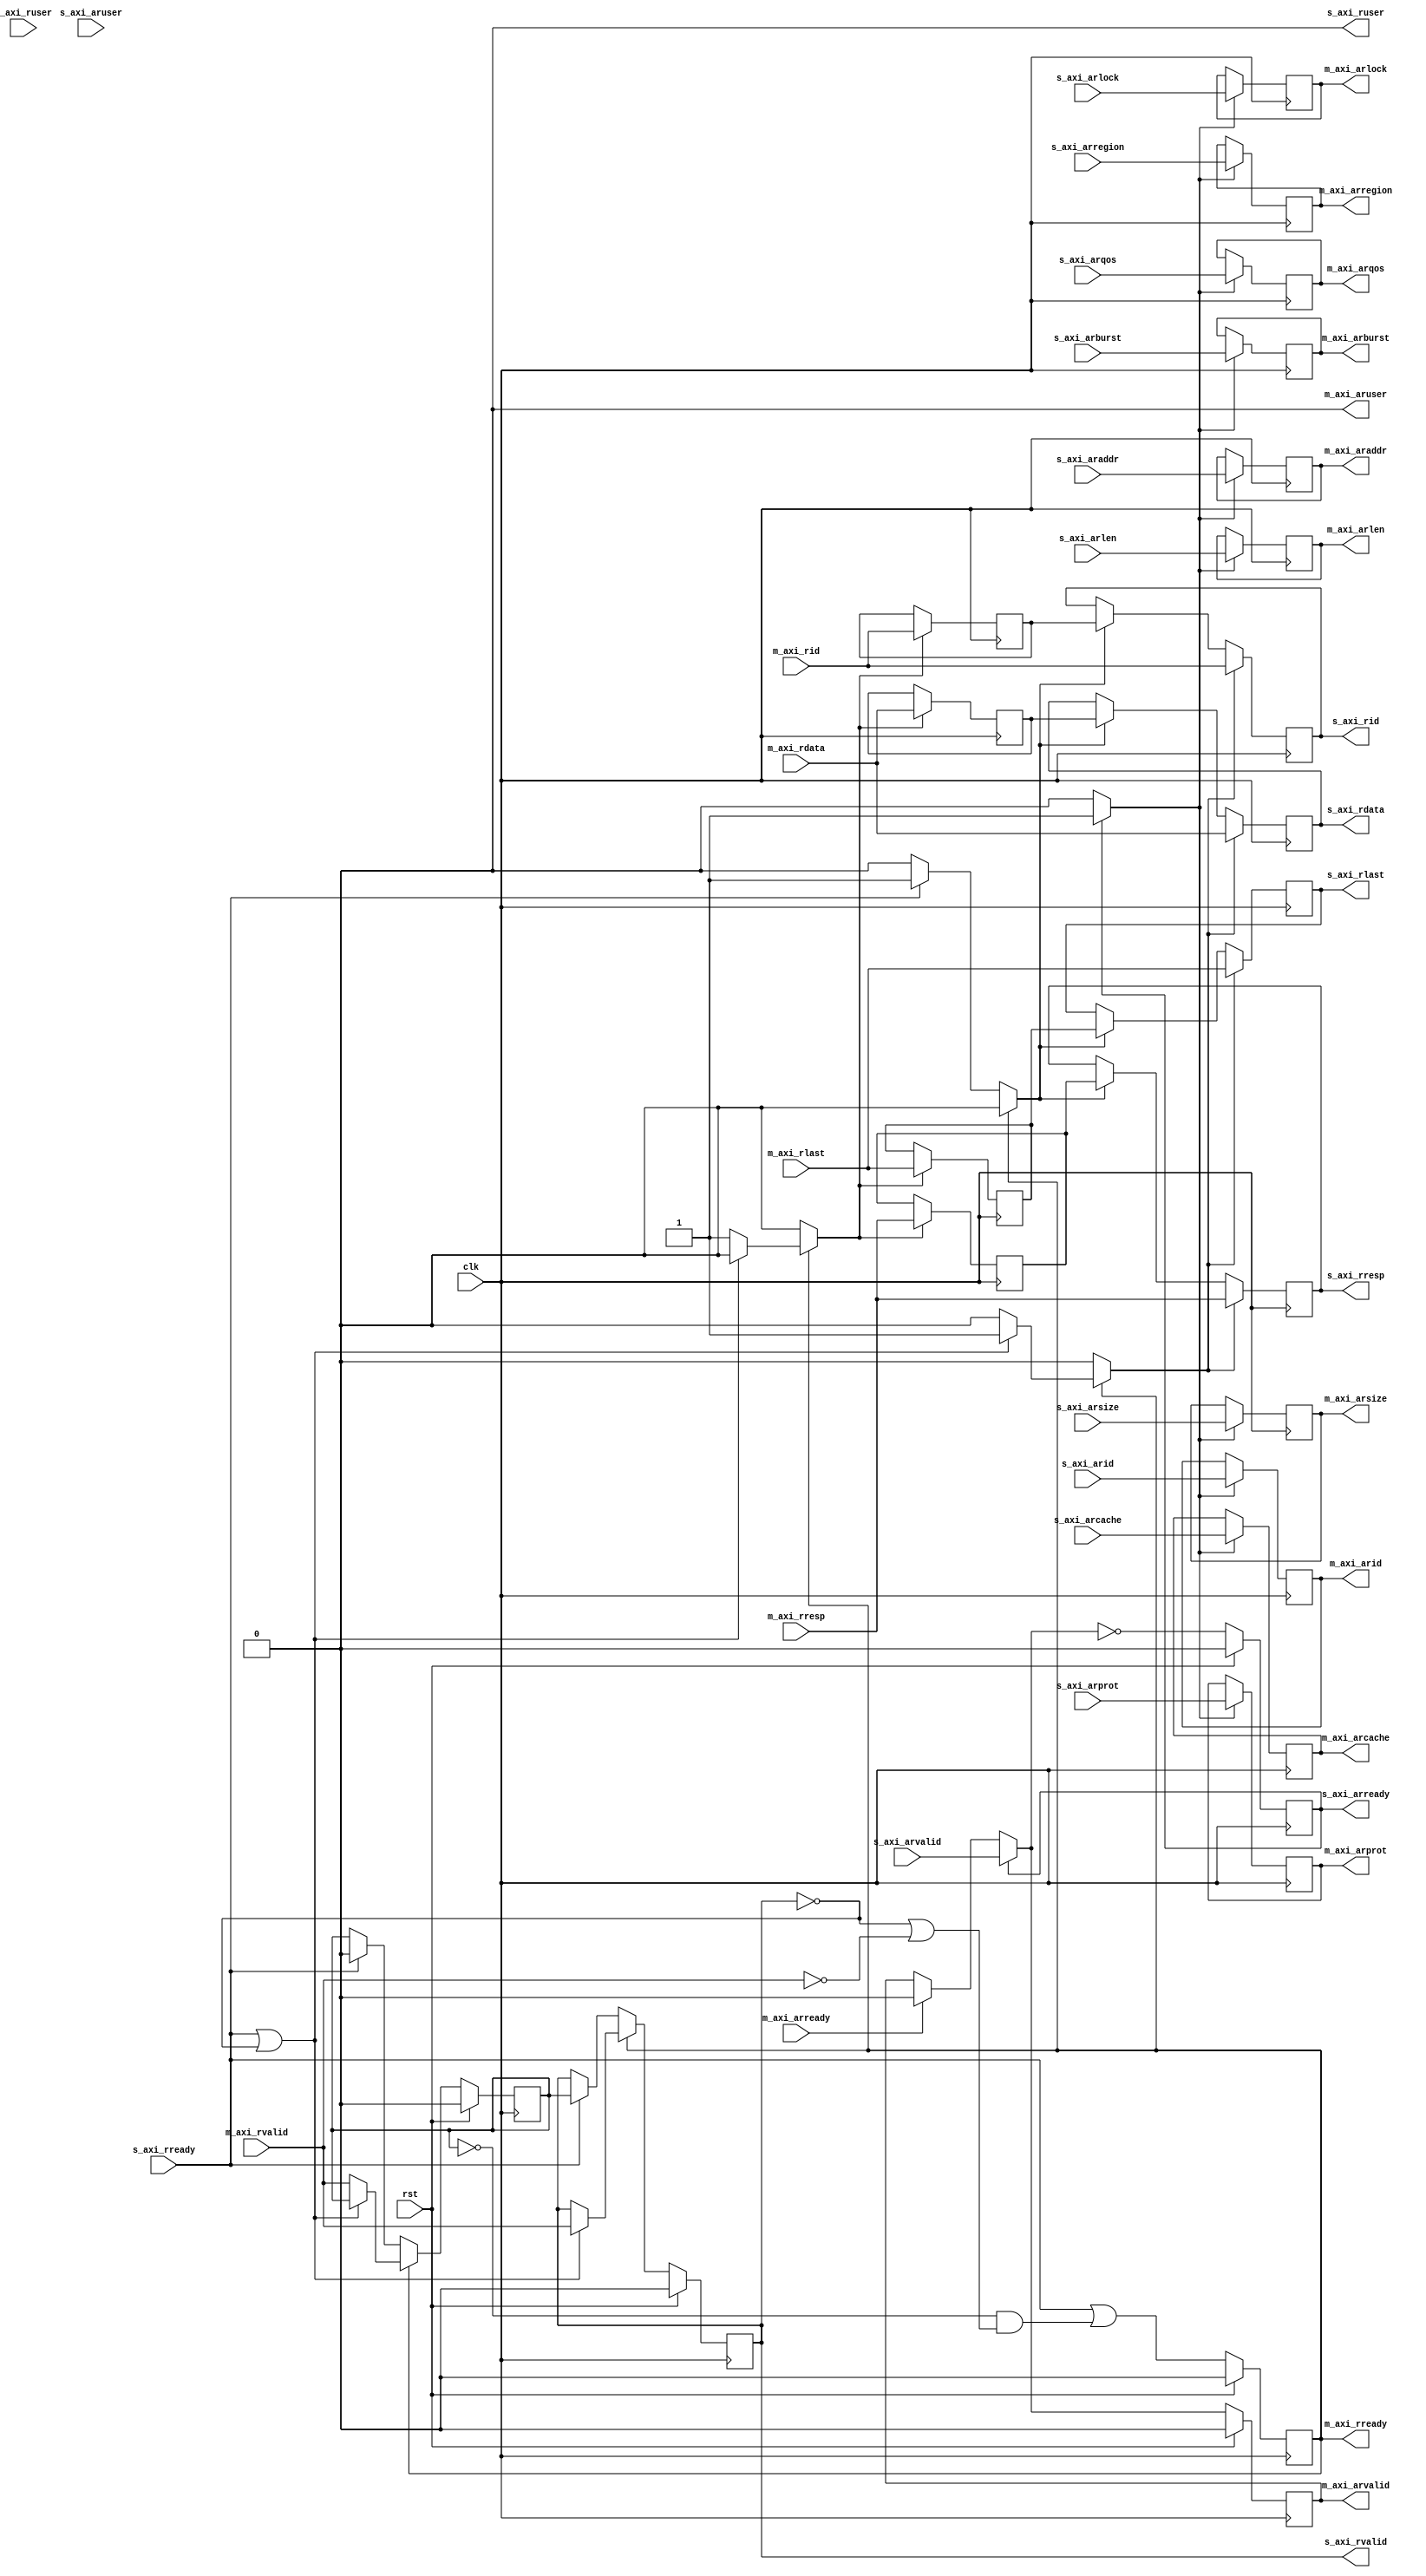
/*

Copyright (c) 2018 Alex Forencich

Permission is hereby granted, free of charge, to any person obtaining a copy
of this software and associated documentation files (the "Software"), to deal
in the Software without restriction, including without limitation the rights
to use, copy, modify, merge, publish, distribute, sublicense, and/or sell
copies of the Software, and to permit persons to whom the Software is
furnished to do so, subject to the following conditions:

The above copyright notice and this permission notice shall be included in
all copies or substantial portions of the Software.

THE SOFTWARE IS PROVIDED "AS IS", WITHOUT WARRANTY OF ANY KIND, EXPRESS OR
IMPLIED, INCLUDING BUT NOT LIMITED TO THE WARRANTIES OF MERCHANTABILITY
FITNESS FOR A PARTICULAR PURPOSE AND NONINFRINGEMENT. IN NO EVENT SHALL THE
AUTHORS OR COPYRIGHT HOLDERS BE LIABLE FOR ANY CLAIM, DAMAGES OR OTHER
LIABILITY, WHETHER IN AN ACTION OF CONTRACT, TORT OR OTHERWISE, ARISING FROM,
OUT OF OR IN CONNECTION WITH THE SOFTWARE OR THE USE OR OTHER DEALINGS IN
THE SOFTWARE.

*/

// Language: Verilog 2001

`resetall
`timescale 1ns / 1ps
`default_nettype none

/*
 * AXI4 register (read)
 */
module axi_register_rd #
(
    // Width of data bus in bits
    parameter DATA_WIDTH = 32,
    // Width of address bus in bits
    parameter ADDR_WIDTH = 32,
    // Width of wstrb (width of data bus in words)
    parameter STRB_WIDTH = (DATA_WIDTH/8),
    // Width of ID signal
    parameter ID_WIDTH = 8,
    // Propagate aruser signal
    parameter ARUSER_ENABLE = 0,
    // Width of aruser signal
    parameter ARUSER_WIDTH = 1,
    // Propagate ruser signal
    parameter RUSER_ENABLE = 0,
    // Width of ruser signal
    parameter RUSER_WIDTH = 1,
    // AR channel register type
    // 0 to bypass, 1 for simple buffer, 2 for skid buffer
    parameter AR_REG_TYPE = 1,
    // R channel register type
    // 0 to bypass, 1 for simple buffer, 2 for skid buffer
    parameter R_REG_TYPE = 2
)
(
    input  wire                     clk,
    input  wire                     rst,

    /*
     * AXI slave interface
     */
    input  wire [ID_WIDTH-1:0]      s_axi_arid,
    input  wire [ADDR_WIDTH-1:0]    s_axi_araddr,
    input  wire [7:0]               s_axi_arlen,
    input  wire [2:0]               s_axi_arsize,
    input  wire [1:0]               s_axi_arburst,
    input  wire                     s_axi_arlock,
    input  wire [3:0]               s_axi_arcache,
    input  wire [2:0]               s_axi_arprot,
    input  wire [3:0]               s_axi_arqos,
    input  wire [3:0]               s_axi_arregion,
    input  wire [ARUSER_WIDTH-1:0]  s_axi_aruser,
    input  wire                     s_axi_arvalid,
    output wire                     s_axi_arready,
    output wire [ID_WIDTH-1:0]      s_axi_rid,
    output wire [DATA_WIDTH-1:0]    s_axi_rdata,
    output wire [1:0]               s_axi_rresp,
    output wire                     s_axi_rlast,
    output wire [RUSER_WIDTH-1:0]   s_axi_ruser,
    output wire                     s_axi_rvalid,
    input  wire                     s_axi_rready,

    /*
     * AXI master interface
     */
    output wire [ID_WIDTH-1:0]      m_axi_arid,
    output wire [ADDR_WIDTH-1:0]    m_axi_araddr,
    output wire [7:0]               m_axi_arlen,
    output wire [2:0]               m_axi_arsize,
    output wire [1:0]               m_axi_arburst,
    output wire                     m_axi_arlock,
    output wire [3:0]               m_axi_arcache,
    output wire [2:0]               m_axi_arprot,
    output wire [3:0]               m_axi_arqos,
    output wire [3:0]               m_axi_arregion,
    output wire [ARUSER_WIDTH-1:0]  m_axi_aruser,
    output wire                     m_axi_arvalid,
    input  wire                     m_axi_arready,
    input  wire [ID_WIDTH-1:0]      m_axi_rid,
    input  wire [DATA_WIDTH-1:0]    m_axi_rdata,
    input  wire [1:0]               m_axi_rresp,
    input  wire                     m_axi_rlast,
    input  wire [RUSER_WIDTH-1:0]   m_axi_ruser,
    input  wire                     m_axi_rvalid,
    output wire                     m_axi_rready
);

generate

// AR channel

if (AR_REG_TYPE > 1) begin
// skid buffer, no bubble cycles

// datapath registers
reg                    s_axi_arready_reg = 1'b0;

reg [ID_WIDTH-1:0]     m_axi_arid_reg     = {ID_WIDTH{1'b0}};
reg [ADDR_WIDTH-1:0]   m_axi_araddr_reg   = {ADDR_WIDTH{1'b0}};
reg [7:0]              m_axi_arlen_reg    = 8'd0;
reg [2:0]              m_axi_arsize_reg   = 3'd0;
reg [1:0]              m_axi_arburst_reg  = 2'd0;
reg                    m_axi_arlock_reg   = 1'b0;
reg [3:0]              m_axi_arcache_reg  = 4'd0;
reg [2:0]              m_axi_arprot_reg   = 3'd0;
reg [3:0]              m_axi_arqos_reg    = 4'd0;
reg [3:0]              m_axi_arregion_reg = 4'd0;
reg [ARUSER_WIDTH-1:0] m_axi_aruser_reg   = {ARUSER_WIDTH{1'b0}};
reg                    m_axi_arvalid_reg  = 1'b0, m_axi_arvalid_next;

reg [ID_WIDTH-1:0]     temp_m_axi_arid_reg     = {ID_WIDTH{1'b0}};
reg [ADDR_WIDTH-1:0]   temp_m_axi_araddr_reg   = {ADDR_WIDTH{1'b0}};
reg [7:0]              temp_m_axi_arlen_reg    = 8'd0;
reg [2:0]              temp_m_axi_arsize_reg   = 3'd0;
reg [1:0]              temp_m_axi_arburst_reg  = 2'd0;
reg                    temp_m_axi_arlock_reg   = 1'b0;
reg [3:0]              temp_m_axi_arcache_reg  = 4'd0;
reg [2:0]              temp_m_axi_arprot_reg   = 3'd0;
reg [3:0]              temp_m_axi_arqos_reg    = 4'd0;
reg [3:0]              temp_m_axi_arregion_reg = 4'd0;
reg [ARUSER_WIDTH-1:0] temp_m_axi_aruser_reg   = {ARUSER_WIDTH{1'b0}};
reg                    temp_m_axi_arvalid_reg  = 1'b0, temp_m_axi_arvalid_next;

// datapath control
reg store_axi_ar_input_to_output;
reg store_axi_ar_input_to_temp;
reg store_axi_ar_temp_to_output;

assign s_axi_arready  = s_axi_arready_reg;

assign m_axi_arid     = m_axi_arid_reg;
assign m_axi_araddr   = m_axi_araddr_reg;
assign m_axi_arlen    = m_axi_arlen_reg;
assign m_axi_arsize   = m_axi_arsize_reg;
assign m_axi_arburst  = m_axi_arburst_reg;
assign m_axi_arlock   = m_axi_arlock_reg;
assign m_axi_arcache  = m_axi_arcache_reg;
assign m_axi_arprot   = m_axi_arprot_reg;
assign m_axi_arqos    = m_axi_arqos_reg;
assign m_axi_arregion = m_axi_arregion_reg;
assign m_axi_aruser   = ARUSER_ENABLE ? m_axi_aruser_reg : {ARUSER_WIDTH{1'b0}};
assign m_axi_arvalid  = m_axi_arvalid_reg;

// enable ready input next cycle if output is ready or the temp reg will not be filled on the next cycle (output reg empty or no input)
wire s_axi_arready_early = m_axi_arready | (~temp_m_axi_arvalid_reg & (~m_axi_arvalid_reg | ~s_axi_arvalid));

always @* begin
    // transfer sink ready state to source
    m_axi_arvalid_next = m_axi_arvalid_reg;
    temp_m_axi_arvalid_next = temp_m_axi_arvalid_reg;

    store_axi_ar_input_to_output = 1'b0;
    store_axi_ar_input_to_temp = 1'b0;
    store_axi_ar_temp_to_output = 1'b0;

    if (s_axi_arready_reg) begin
        // input is ready
        if (m_axi_arready | ~m_axi_arvalid_reg) begin
            // output is ready or currently not valid, transfer data to output
            m_axi_arvalid_next = s_axi_arvalid;
            store_axi_ar_input_to_output = 1'b1;
        end else begin
            // output is not ready, store input in temp
            temp_m_axi_arvalid_next = s_axi_arvalid;
            store_axi_ar_input_to_temp = 1'b1;
        end
    end else if (m_axi_arready) begin
        // input is not ready, but output is ready
        m_axi_arvalid_next = temp_m_axi_arvalid_reg;
        temp_m_axi_arvalid_next = 1'b0;
        store_axi_ar_temp_to_output = 1'b1;
    end
end

always @(posedge clk) begin
    if (rst) begin
        s_axi_arready_reg <= 1'b0;
        m_axi_arvalid_reg <= 1'b0;
        temp_m_axi_arvalid_reg <= 1'b0;
    end else begin
        s_axi_arready_reg <= s_axi_arready_early;
        m_axi_arvalid_reg <= m_axi_arvalid_next;
        temp_m_axi_arvalid_reg <= temp_m_axi_arvalid_next;
    end

    // datapath
    if (store_axi_ar_input_to_output) begin
        m_axi_arid_reg <= s_axi_arid;
        m_axi_araddr_reg <= s_axi_araddr;
        m_axi_arlen_reg <= s_axi_arlen;
        m_axi_arsize_reg <= s_axi_arsize;
        m_axi_arburst_reg <= s_axi_arburst;
        m_axi_arlock_reg <= s_axi_arlock;
        m_axi_arcache_reg <= s_axi_arcache;
        m_axi_arprot_reg <= s_axi_arprot;
        m_axi_arqos_reg <= s_axi_arqos;
        m_axi_arregion_reg <= s_axi_arregion;
        m_axi_aruser_reg <= s_axi_aruser;
    end else if (store_axi_ar_temp_to_output) begin
        m_axi_arid_reg <= temp_m_axi_arid_reg;
        m_axi_araddr_reg <= temp_m_axi_araddr_reg;
        m_axi_arlen_reg <= temp_m_axi_arlen_reg;
        m_axi_arsize_reg <= temp_m_axi_arsize_reg;
        m_axi_arburst_reg <= temp_m_axi_arburst_reg;
        m_axi_arlock_reg <= temp_m_axi_arlock_reg;
        m_axi_arcache_reg <= temp_m_axi_arcache_reg;
        m_axi_arprot_reg <= temp_m_axi_arprot_reg;
        m_axi_arqos_reg <= temp_m_axi_arqos_reg;
        m_axi_arregion_reg <= temp_m_axi_arregion_reg;
        m_axi_aruser_reg <= temp_m_axi_aruser_reg;
    end

    if (store_axi_ar_input_to_temp) begin
        temp_m_axi_arid_reg <= s_axi_arid;
        temp_m_axi_araddr_reg <= s_axi_araddr;
        temp_m_axi_arlen_reg <= s_axi_arlen;
        temp_m_axi_arsize_reg <= s_axi_arsize;
        temp_m_axi_arburst_reg <= s_axi_arburst;
        temp_m_axi_arlock_reg <= s_axi_arlock;
        temp_m_axi_arcache_reg <= s_axi_arcache;
        temp_m_axi_arprot_reg <= s_axi_arprot;
        temp_m_axi_arqos_reg <= s_axi_arqos;
        temp_m_axi_arregion_reg <= s_axi_arregion;
        temp_m_axi_aruser_reg <= s_axi_aruser;
    end
end

end else if (AR_REG_TYPE == 1) begin
// simple register, inserts bubble cycles

// datapath registers
reg                    s_axi_arready_reg = 1'b0;

reg [ID_WIDTH-1:0]     m_axi_arid_reg     = {ID_WIDTH{1'b0}};
reg [ADDR_WIDTH-1:0]   m_axi_araddr_reg   = {ADDR_WIDTH{1'b0}};
reg [7:0]              m_axi_arlen_reg    = 8'd0;
reg [2:0]              m_axi_arsize_reg   = 3'd0;
reg [1:0]              m_axi_arburst_reg  = 2'd0;
reg                    m_axi_arlock_reg   = 1'b0;
reg [3:0]              m_axi_arcache_reg  = 4'd0;
reg [2:0]              m_axi_arprot_reg   = 3'd0;
reg [3:0]              m_axi_arqos_reg    = 4'd0;
reg [3:0]              m_axi_arregion_reg = 4'd0;
reg [ARUSER_WIDTH-1:0] m_axi_aruser_reg   = {ARUSER_WIDTH{1'b0}};
reg                    m_axi_arvalid_reg  = 1'b0, m_axi_arvalid_next;

// datapath control
reg store_axi_ar_input_to_output;

assign s_axi_arready  = s_axi_arready_reg;

assign m_axi_arid     = m_axi_arid_reg;
assign m_axi_araddr   = m_axi_araddr_reg;
assign m_axi_arlen    = m_axi_arlen_reg;
assign m_axi_arsize   = m_axi_arsize_reg;
assign m_axi_arburst  = m_axi_arburst_reg;
assign m_axi_arlock   = m_axi_arlock_reg;
assign m_axi_arcache  = m_axi_arcache_reg;
assign m_axi_arprot   = m_axi_arprot_reg;
assign m_axi_arqos    = m_axi_arqos_reg;
assign m_axi_arregion = m_axi_arregion_reg;
assign m_axi_aruser   = ARUSER_ENABLE ? m_axi_aruser_reg : {ARUSER_WIDTH{1'b0}};
assign m_axi_arvalid  = m_axi_arvalid_reg;

// enable ready input next cycle if output buffer will be empty
wire s_axi_arready_early = !m_axi_arvalid_next;

always @* begin
    // transfer sink ready state to source
    m_axi_arvalid_next = m_axi_arvalid_reg;

    store_axi_ar_input_to_output = 1'b0;

    if (s_axi_arready_reg) begin
        m_axi_arvalid_next = s_axi_arvalid;
        store_axi_ar_input_to_output = 1'b1;
    end else if (m_axi_arready) begin
        m_axi_arvalid_next = 1'b0;
    end
end

always @(posedge clk) begin
    if (rst) begin
        s_axi_arready_reg <= 1'b0;
        m_axi_arvalid_reg <= 1'b0;
    end else begin
        s_axi_arready_reg <= s_axi_arready_early;
        m_axi_arvalid_reg <= m_axi_arvalid_next;
    end

    // datapath
    if (store_axi_ar_input_to_output) begin
        m_axi_arid_reg <= s_axi_arid;
        m_axi_araddr_reg <= s_axi_araddr;
        m_axi_arlen_reg <= s_axi_arlen;
        m_axi_arsize_reg <= s_axi_arsize;
        m_axi_arburst_reg <= s_axi_arburst;
        m_axi_arlock_reg <= s_axi_arlock;
        m_axi_arcache_reg <= s_axi_arcache;
        m_axi_arprot_reg <= s_axi_arprot;
        m_axi_arqos_reg <= s_axi_arqos;
        m_axi_arregion_reg <= s_axi_arregion;
        m_axi_aruser_reg <= s_axi_aruser;
    end
end

end else begin

    // bypass AR channel
    assign m_axi_arid = s_axi_arid;
    assign m_axi_araddr = s_axi_araddr;
    assign m_axi_arlen = s_axi_arlen;
    assign m_axi_arsize = s_axi_arsize;
    assign m_axi_arburst = s_axi_arburst;
    assign m_axi_arlock = s_axi_arlock;
    assign m_axi_arcache = s_axi_arcache;
    assign m_axi_arprot = s_axi_arprot;
    assign m_axi_arqos = s_axi_arqos;
    assign m_axi_arregion = s_axi_arregion;
    assign m_axi_aruser = ARUSER_ENABLE ? s_axi_aruser : {ARUSER_WIDTH{1'b0}};
    assign m_axi_arvalid = s_axi_arvalid;
    assign s_axi_arready = m_axi_arready;

end

// R channel

if (R_REG_TYPE > 1) begin
// skid buffer, no bubble cycles

// datapath registers
reg                   m_axi_rready_reg = 1'b0;

reg [ID_WIDTH-1:0]    s_axi_rid_reg    = {ID_WIDTH{1'b0}};
reg [DATA_WIDTH-1:0]  s_axi_rdata_reg  = {DATA_WIDTH{1'b0}};
reg [1:0]             s_axi_rresp_reg  = 2'b0;
reg                   s_axi_rlast_reg  = 1'b0;
reg [RUSER_WIDTH-1:0] s_axi_ruser_reg  = {RUSER_WIDTH{1'b0}};
reg                   s_axi_rvalid_reg = 1'b0, s_axi_rvalid_next;

reg [ID_WIDTH-1:0]    temp_s_axi_rid_reg    = {ID_WIDTH{1'b0}};
reg [DATA_WIDTH-1:0]  temp_s_axi_rdata_reg  = {DATA_WIDTH{1'b0}};
reg [1:0]             temp_s_axi_rresp_reg  = 2'b0;
reg                   temp_s_axi_rlast_reg  = 1'b0;
reg [RUSER_WIDTH-1:0] temp_s_axi_ruser_reg  = {RUSER_WIDTH{1'b0}};
reg                   temp_s_axi_rvalid_reg = 1'b0, temp_s_axi_rvalid_next;

// datapath control
reg store_axi_r_input_to_output;
reg store_axi_r_input_to_temp;
reg store_axi_r_temp_to_output;

assign m_axi_rready = m_axi_rready_reg;

assign s_axi_rid    = s_axi_rid_reg;
assign s_axi_rdata  = s_axi_rdata_reg;
assign s_axi_rresp  = s_axi_rresp_reg;
assign s_axi_rlast  = s_axi_rlast_reg;
assign s_axi_ruser  = RUSER_ENABLE ? s_axi_ruser_reg : {RUSER_WIDTH{1'b0}};
assign s_axi_rvalid = s_axi_rvalid_reg;

// enable ready input next cycle if output is ready or the temp reg will not be filled on the next cycle (output reg empty or no input)
wire m_axi_rready_early = s_axi_rready | (~temp_s_axi_rvalid_reg & (~s_axi_rvalid_reg | ~m_axi_rvalid));

always @* begin
    // transfer sink ready state to source
    s_axi_rvalid_next = s_axi_rvalid_reg;
    temp_s_axi_rvalid_next = temp_s_axi_rvalid_reg;

    store_axi_r_input_to_output = 1'b0;
    store_axi_r_input_to_temp = 1'b0;
    store_axi_r_temp_to_output = 1'b0;

    if (m_axi_rready_reg) begin
        // input is ready
        if (s_axi_rready | ~s_axi_rvalid_reg) begin
            // output is ready or currently not valid, transfer data to output
            s_axi_rvalid_next = m_axi_rvalid;
            store_axi_r_input_to_output = 1'b1;
        end else begin
            // output is not ready, store input in temp
            temp_s_axi_rvalid_next = m_axi_rvalid;
            store_axi_r_input_to_temp = 1'b1;
        end
    end else if (s_axi_rready) begin
        // input is not ready, but output is ready
        s_axi_rvalid_next = temp_s_axi_rvalid_reg;
        temp_s_axi_rvalid_next = 1'b0;
        store_axi_r_temp_to_output = 1'b1;
    end
end

always @(posedge clk) begin
    if (rst) begin
        m_axi_rready_reg <= 1'b0;
        s_axi_rvalid_reg <= 1'b0;
        temp_s_axi_rvalid_reg <= 1'b0;
    end else begin
        m_axi_rready_reg <= m_axi_rready_early;
        s_axi_rvalid_reg <= s_axi_rvalid_next;
        temp_s_axi_rvalid_reg <= temp_s_axi_rvalid_next;
    end

    // datapath
    if (store_axi_r_input_to_output) begin
        s_axi_rid_reg   <= m_axi_rid;
        s_axi_rdata_reg <= m_axi_rdata;
        s_axi_rresp_reg <= m_axi_rresp;
        s_axi_rlast_reg <= m_axi_rlast;
        s_axi_ruser_reg <= m_axi_ruser;
    end else if (store_axi_r_temp_to_output) begin
        s_axi_rid_reg   <= temp_s_axi_rid_reg;
        s_axi_rdata_reg <= temp_s_axi_rdata_reg;
        s_axi_rresp_reg <= temp_s_axi_rresp_reg;
        s_axi_rlast_reg <= temp_s_axi_rlast_reg;
        s_axi_ruser_reg <= temp_s_axi_ruser_reg;
    end

    if (store_axi_r_input_to_temp) begin
        temp_s_axi_rid_reg   <= m_axi_rid;
        temp_s_axi_rdata_reg <= m_axi_rdata;
        temp_s_axi_rresp_reg <= m_axi_rresp;
        temp_s_axi_rlast_reg <= m_axi_rlast;
        temp_s_axi_ruser_reg <= m_axi_ruser;
    end
end

end else if (R_REG_TYPE == 1) begin
// simple register, inserts bubble cycles

// datapath registers
reg                   m_axi_rready_reg = 1'b0;

reg [ID_WIDTH-1:0]    s_axi_rid_reg    = {ID_WIDTH{1'b0}};
reg [DATA_WIDTH-1:0]  s_axi_rdata_reg  = {DATA_WIDTH{1'b0}};
reg [1:0]             s_axi_rresp_reg  = 2'b0;
reg                   s_axi_rlast_reg  = 1'b0;
reg [RUSER_WIDTH-1:0] s_axi_ruser_reg  = {RUSER_WIDTH{1'b0}};
reg                   s_axi_rvalid_reg = 1'b0, s_axi_rvalid_next;

// datapath control
reg store_axi_r_input_to_output;

assign m_axi_rready = m_axi_rready_reg;

assign s_axi_rid    = s_axi_rid_reg;
assign s_axi_rdata  = s_axi_rdata_reg;
assign s_axi_rresp  = s_axi_rresp_reg;
assign s_axi_rlast  = s_axi_rlast_reg;
assign s_axi_ruser  = RUSER_ENABLE ? s_axi_ruser_reg : {RUSER_WIDTH{1'b0}};
assign s_axi_rvalid = s_axi_rvalid_reg;

// enable ready input next cycle if output buffer will be empty
wire m_axi_rready_early = !s_axi_rvalid_next;

always @* begin
    // transfer sink ready state to source
    s_axi_rvalid_next = s_axi_rvalid_reg;

    store_axi_r_input_to_output = 1'b0;

    if (m_axi_rready_reg) begin
        s_axi_rvalid_next = m_axi_rvalid;
        store_axi_r_input_to_output = 1'b1;
    end else if (s_axi_rready) begin
        s_axi_rvalid_next = 1'b0;
    end
end

always @(posedge clk) begin
    if (rst) begin
        m_axi_rready_reg <= 1'b0;
        s_axi_rvalid_reg <= 1'b0;
    end else begin
        m_axi_rready_reg <= m_axi_rready_early;
        s_axi_rvalid_reg <= s_axi_rvalid_next;
    end

    // datapath
    if (store_axi_r_input_to_output) begin
        s_axi_rid_reg   <= m_axi_rid;
        s_axi_rdata_reg <= m_axi_rdata;
        s_axi_rresp_reg <= m_axi_rresp;
        s_axi_rlast_reg <= m_axi_rlast;
        s_axi_ruser_reg <= m_axi_ruser;
    end
end

end else begin

    // bypass R channel
    assign s_axi_rid = m_axi_rid;
    assign s_axi_rdata = m_axi_rdata;
    assign s_axi_rresp = m_axi_rresp;
    assign s_axi_rlast = m_axi_rlast;
    assign s_axi_ruser = RUSER_ENABLE ? m_axi_ruser : {RUSER_WIDTH{1'b0}};
    assign s_axi_rvalid = m_axi_rvalid;
    assign m_axi_rready = s_axi_rready;

end

endgenerate

endmodule

`resetall